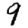
Digit: 9